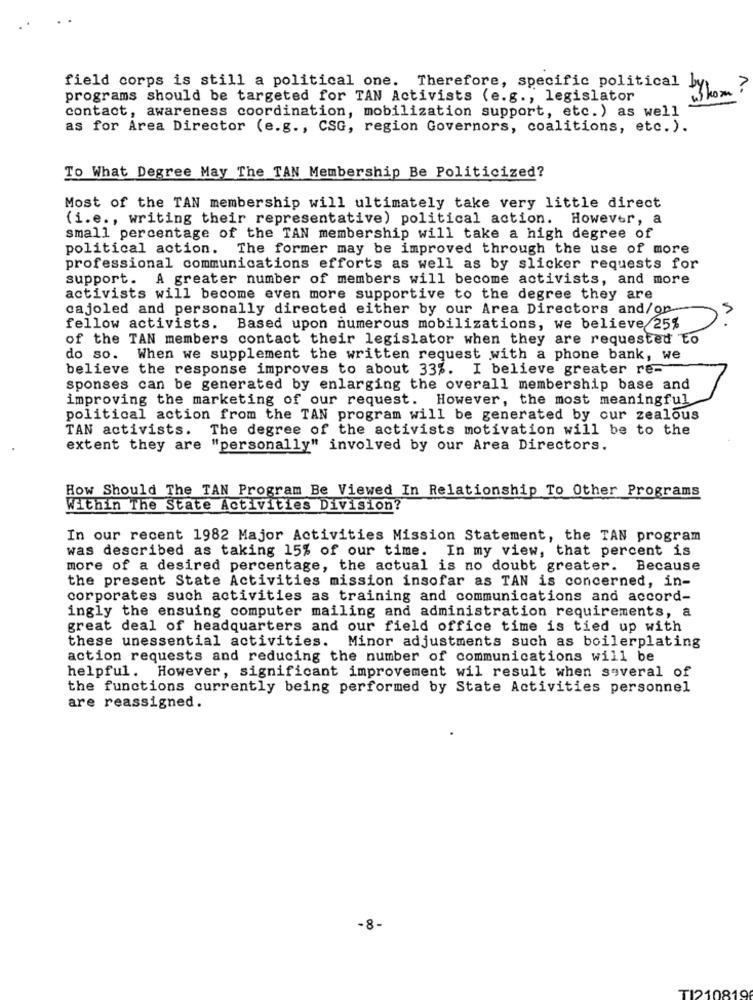
field corps is still a political one. Therefore, specific political
by hom ?
programs should be targeted for TAN Activists (e.g ., legislator
contact, awareness coordination, mobilization support, etc. ) as well
as for Area Director (e.g ., CSG, region Governors, coalitions, etc.).
To What Degree May The TAN Membership Be Politicized?
Most of the TAN membership will ultimately take very little direct
(i.e ., writing their representative) political action. However, a
small percentage of the TAN membership will take a high degree of
political action. The former may be improved through the use of more
professional communications efforts as well as by slicker requests for
support. A greater number of members will become activists, and more
activists will become even more supportive to the degree they are
cajoled and personally directed either by our Area Directors and/on
fellow activists. Based upon numerous mobilizations, we believe 25%
of the TAN members contact their legislator when they are requested to
do so. When we supplement the written request with a phone bank, we
believe the response improves to about 33%. I believe greater re-
sponses can be generated by enlarging the overall membership base and
improving the marketing of our request. However, the most meaningful
political action from the TAN program will be generated by our zealous
TAN activists.
The degree of the activists motivation will be to the
extent they are
"personally" involved by our Area Directors.
How Should The TAN Program Be Viewed In Relationship To Other Programs
Within The State Activities Division?
In our recent 1982 Major Activities Mission Statement, the TAN program
was described as taking 15% of our time. In my view, that percent is
more of a desired percentage, the actual is no doubt greater. Because
the present State Activities mission insofar as TAN is concerned, in-
corporates such activities as training and communications and accord-
ingly the ensuing computer mailing and administration requirements, a
great deal of headquarters and our field office time is tied up with
these unessential activities. Minor adjustments such as boilerplating
action requests and reducing the number of communications will be
helpful. However, significant improvement wil result when several of
the functions currently being performed by State Activities personnel
are reassigned.
-8-
TI210819